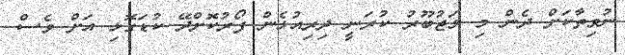
ނުވިތާކަށް ދެން މި މަޖުބޫރު ކުރަނީ ދިރިއުޅެން ފޯރުކޮށްދޭ ކުޑަގޮޅި އަށް ވެސް